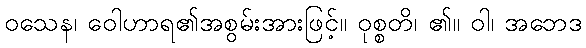
ဝသေန၊ ဝေါဟာရ၏အစွမ်းအားဖြင့်။ ဝုစ္စတိ၊ ၏။ ဝါ၊ အဘေဒ